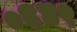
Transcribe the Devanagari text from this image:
०६४९